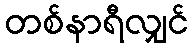
တစ်နာရီလျှင်